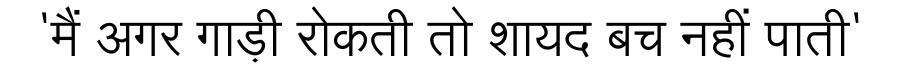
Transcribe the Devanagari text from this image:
'मैं अगर गाड़ी रोकती तो शायद बच नहीं पाती'